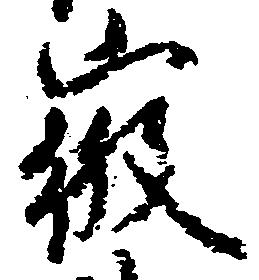
徴